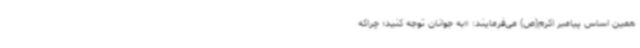
همین اساس پیامبر اکرم(ص) می‌فرمایند: «به جوانان توجه کنید؛ چراکه